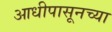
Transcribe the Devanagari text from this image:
आधीपासूनच्या